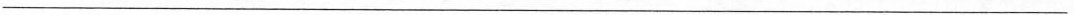
___